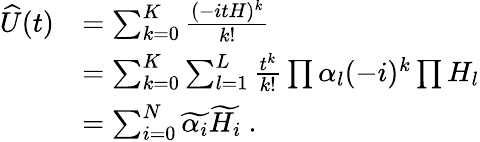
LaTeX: \begin{array}{rl}{\widehat{U}(t)}&{=\sum_{k=0}^{K}\frac{(-itH)^{k}}{k!}}\\ &{=\sum_{k=0}^{K}\sum_{l=1}^{L}\frac{t^{k}}{k!}\prod\alpha_{l}(-i)^{k}\prod H_{l}}\\ &{=\sum_{i=0}^{N}\widetilde{\alpha_{i}}\widetilde{H_{i}}~.}\end{array}